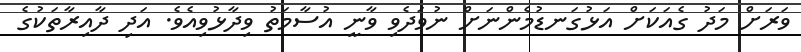
ވަރަށް މަދު ގެއަކަށް އަޅުގަނޑުމެންނަށް ނުވަދެވި ވާނީ އުސާމަތު ވިދާޅުވިއެވެ. އަދި ދާއިރާތަކުގެ